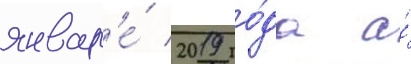
январ'е́ 2019 го́да а́